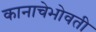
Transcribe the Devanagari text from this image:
कानाचेभोवती